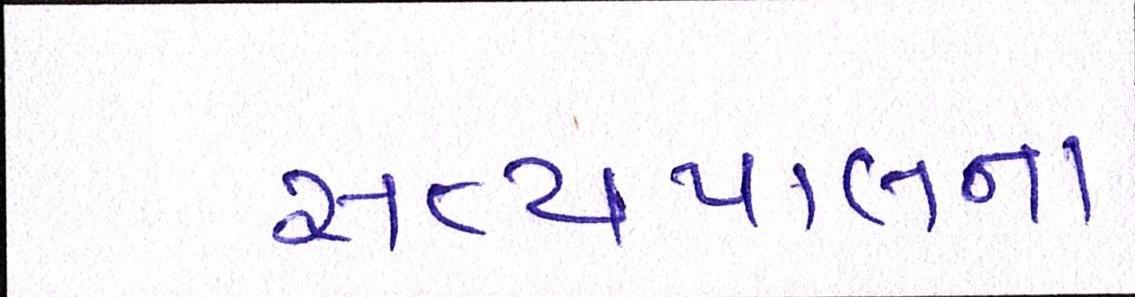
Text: સત્યપાલના